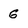
Character: G